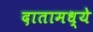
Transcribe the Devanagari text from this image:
दातामध्ये